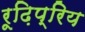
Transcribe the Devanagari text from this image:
रूढ़िप्रिय